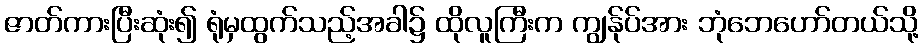
ဇာတ်ကားပြီးဆုံး၍ ရုံမှထွက်သည့်အခါ၌ ထိုလူကြီးက ကျွန်ုပ်အား ဘုံဘေဟော်တယ်သို့